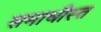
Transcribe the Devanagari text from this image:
समाधीस्त